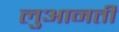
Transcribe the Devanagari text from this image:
लुआनती